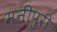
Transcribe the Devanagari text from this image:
मनीपुरी